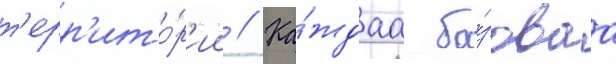
т'ерр'ито́р'ии // Ка́ждаа ба́зоваа